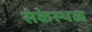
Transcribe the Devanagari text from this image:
संकेस्थळ